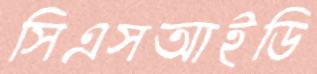
সিএসআইডি